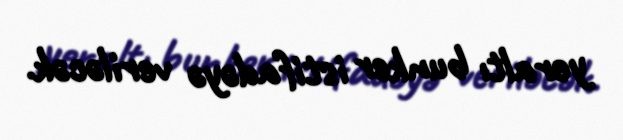
yeraltı bunker istifadəyə veriləcək.